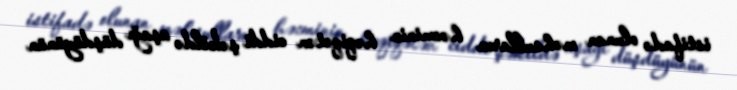
istifadə olunan məhsulların həcminin həqiqətən ciddi şəkildə aşağı düşdüyünün